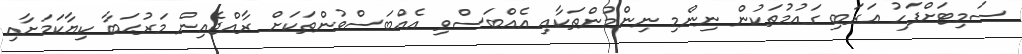
ސަމިޓަށްފަހު ޢަރަބި ގައުމުތަކުން ނިންމި ނިންމުންތަކާއި އެއްބަސްވި އެއްބަސްވުންތަކަށް ރާއްޖެއިން މަރުޙަބާ ކިޔާކަމަށާއި